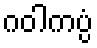
ဂဝါကပ္ပံ